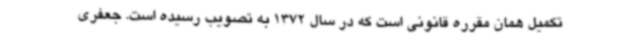
تکمیل همان مقرره قانونی است که در سال 1372 به تصویب رسیده است. جعفری